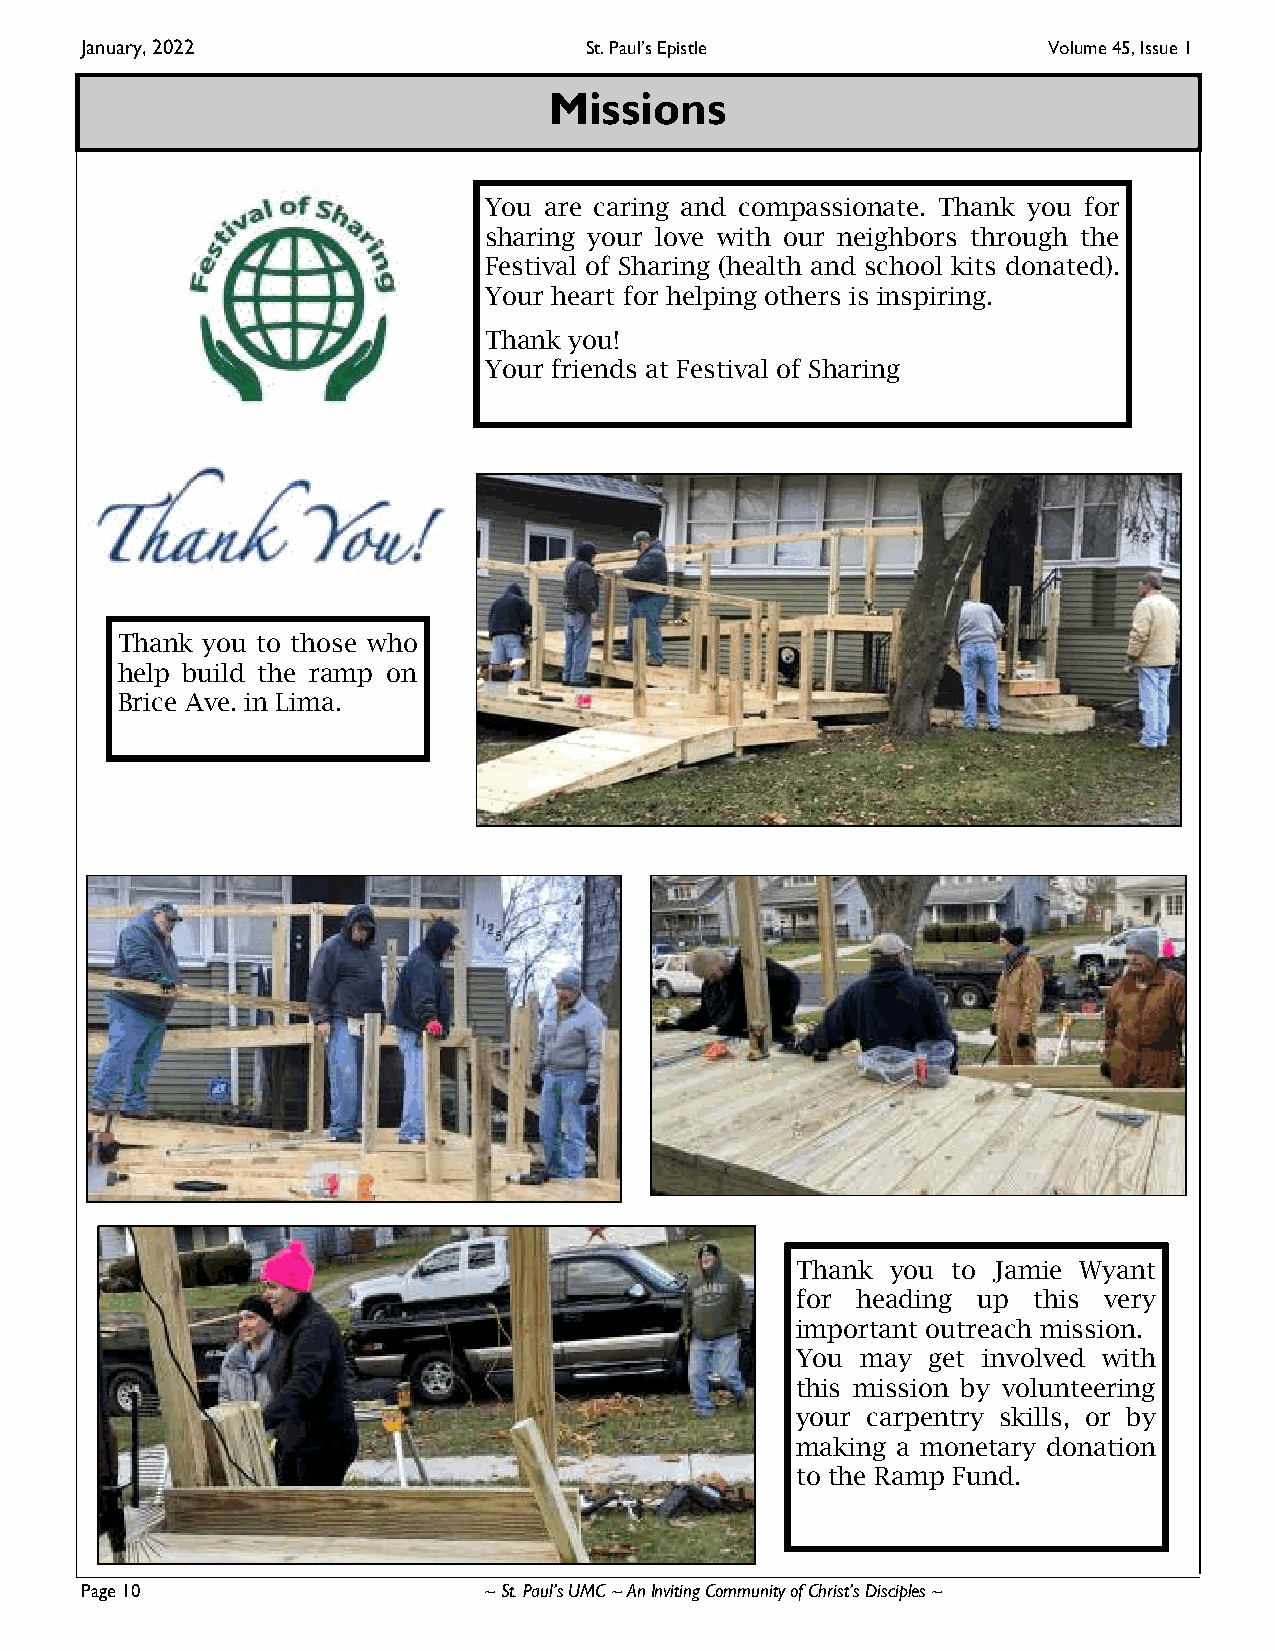
January, 2022                     St. Paul’s Epistle            Volume 45, Issue 1
 Missions
 You are caring and compassionate. Thank you for
 sharing your love with our neighbors through the
 Festival of Sharing (health and school kits donated).
 Your heart for helping others is inspiring.
 Thank you!
 Your friends at Festival of Sharing
 Thank you to those who
 help build the ramp on
 Brice Ave. in Lima.
 Thank you to Jamie Wyant
 for heading up this very
 important outreach mission.
 You may get involved with
 this mission by volunteering
 your carpentry skills, or by
 making a monetary donation
 to the Ramp Fund.
 Page 10                    ~ St. Paul’s UMC ~ An Inviting Community of Christ’s Disciples ~